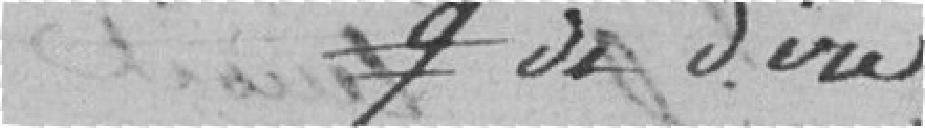
de dire